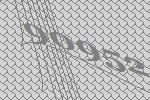
90952